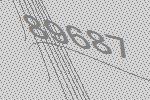
89687